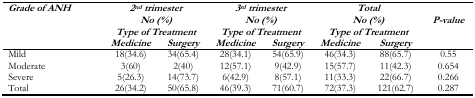
<table><thead><tr><td rowspan="3"><b><i>Grade of ANH</i></b></td><td colspan="2"><b><i>2<sup>nd</sup> trimester No (%)</i></b></td><td colspan="2"><b><i>3<sup>rd</sup> trimester No (%)</i></b></td><td colspan="2"><b><i>Total No (%)</i></b></td><td rowspan="3"><b><i>P-value</i></b></td></tr><tr><td colspan="2"><b>Type of Treatment</b></td><td colspan="2"><b>Type of Treatment</b></td><td colspan="2"><b>Type of Treatment</b></td></tr><tr><td><b>Medicine</b></td><td><b>Surgery</b></td><td><b>Medicine</b></td><td><b>Surgery</b></td><td><b>Medicine</b></td><td><b>Surgery</b></td></tr></thead><tbody><tr><td>Mild</td><td>18(34.6)</td><td>34(65.4)</td><td>28(34.1)</td><td>54(65.9)</td><td>46(34.3)</td><td>88(65.7)</td><td>0.55</td></tr><tr><td>Moderate</td><td>3(60)</td><td>2(40)</td><td>12(57.1)</td><td>9(42.9)</td><td>15(57.7)</td><td>11(42.3)</td><td>0.654</td></tr><tr><td>Severe</td><td>5(26.3)</td><td>14(73.7)</td><td>6(42.9)</td><td>8(57.1)</td><td>11(33.3)</td><td>22(66.7)</td><td>0.266</td></tr><tr><td>Total</td><td>26(34.2)</td><td>50(65.8)</td><td>46(39.3)</td><td>71(60.7)</td><td>72(37.3)</td><td>121(62.7)</td><td>0.287</td></tr></tbody></table>